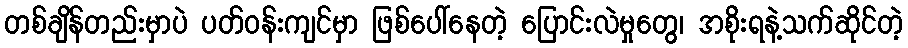
တစ်ချိန်တည်းမှာပဲ ပတ်ဝန်းကျင်မှာ ဖြစ်ပေါ်နေတဲ့ ပြောင်းလဲမှုတွေ၊ အစိုးရနဲ့သက်ဆိုင်တဲ့